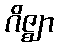
ဂိဇ္ဈာ